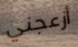
أزعجني